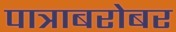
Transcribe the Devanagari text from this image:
पात्राबरोबर